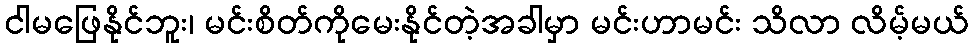
ငါမဖြေနိုင်ဘူး၊ မင်းစိတ်ကိုမေးနိုင်တဲ့အခါမှာ မင်းဟာမင်း သိလာ လိမ့်မယ်